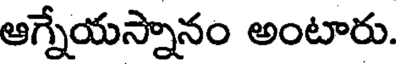
ఆగ్నేయస్నానం అంటారు.